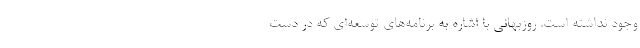
وجود نداشته است. روزبهانی با اشاره به برنامه‌های توسعه‌ای که در دست